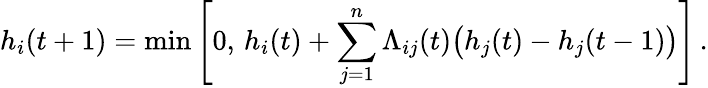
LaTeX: h_{i}(t+1)=\operatorname*{min}\Bigg[0,\, h_{i}(t)+\sum_{j=1}^{n}\Lambda_{ij}(t)\big(h_{j}(t)-h_{j}(t-1)\big)\Bigg]\, .